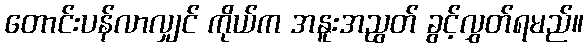
တောင်းပန်လာလျှင် ကိုယ်က အနူးအညွတ် ခွင့်လွှတ်ရမည်။